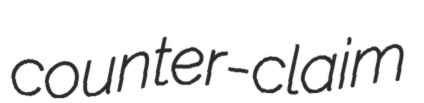
counter-claim